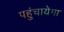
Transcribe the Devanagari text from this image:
पहुंचायेगा